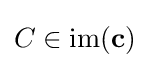
C\in \mathrm {im} (\mathbf {c} )